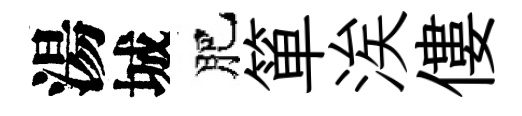
湯城肥箪涘僂